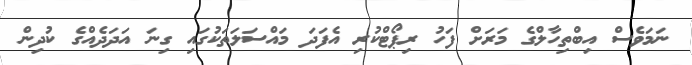
ނަމަވެސް އިބްތިހާލްގެ މަރަށް ފަހު ރިޕޯޓްކުރި އެފަދަ މައްސަލަތަކުގައި ގިނަ އަދަދެއްގެ ކުދިން